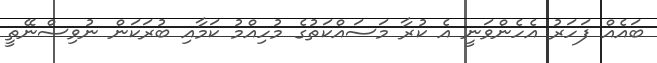
ބައެއް ފަހަރު އެހެންވަނީ އެ ކުރާ މަސައްކަތުގެ މުހިއްމު ކަމާއި ބުރަކަން ނުވިސްނޭތީ